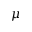
\mu